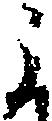
よ